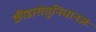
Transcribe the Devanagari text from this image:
क्रीडासेतुनिधानज्ञः